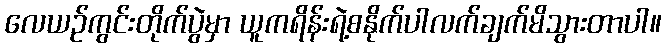
လေယဉ်ကွင်းတိုက်ပွဲမှာ ယူကရိန်းရဲ့စနိုက်ပါလက်ချက်မိသွားတာပါ။